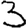
Digit: 3